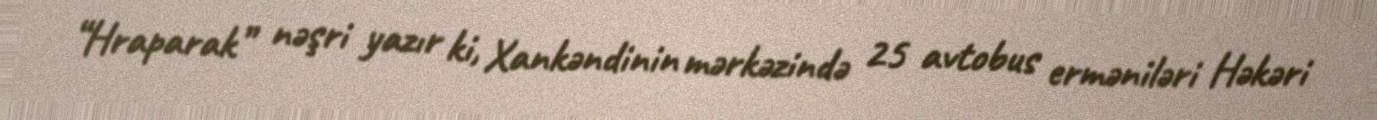
“Hraparak” nəşri yazır ki, Xankəndinin mərkəzində 25 avtobus erməniləri Həkəri